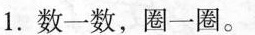
1.数一数，圈一圈。